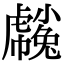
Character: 𧈒